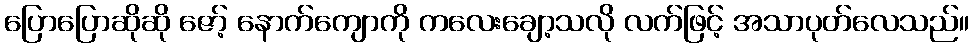
ပြောပြောဆိုဆို ဇော့် နောက်ကျောကို ကလေးချော့သလို လက်ဖြင့် အသာပုတ်လေသည်။